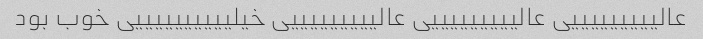
عالیییییییییی عالیییییییییی عالیییییییییی خیلییییییییییی خوب بود